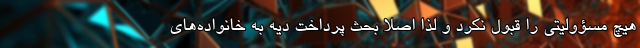
هیچ مسؤولیتی را قبول نکرد و لذا اصلا بحث پرداخت دیه به خانواده‌های‌